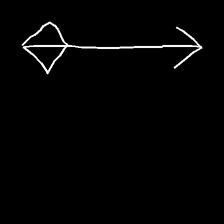
Glyph: focus